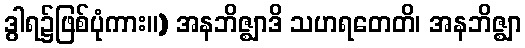
ဒွါရ၌ဖြစ်ပုံကား။) အနဘိဇ္ဈာဒိ သဟရတေတိ၊ အနဘိဇ္ဈာ